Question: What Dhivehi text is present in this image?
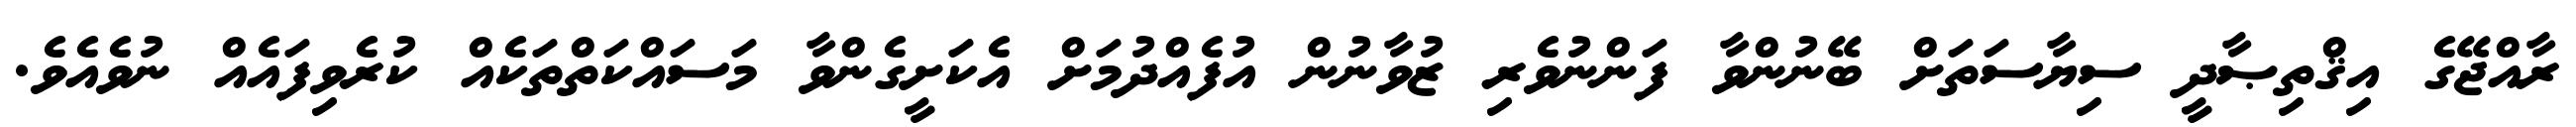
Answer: ރާއްޖޭގެ އިޤްތިޞާދީ ސިޔާސަތަށް ބޭނުންވާ ފަންނުވެރި ޒުވާނުން އުފެއްދުމަށް އެކަށީގެންވާ މަސައްކަތްތަކެއް ކުރެވިފައެއް ނުވެއެވެ.